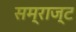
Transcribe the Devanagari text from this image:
सम्राज्ट